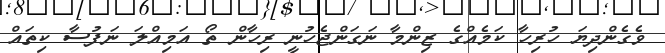
ވެގެންދިޔަ ހުރިހާ ކަމެއްގެ ޒިންމާ ނަގަންޖެހުނީ ރިހާން ތޯ އަމިއްލަ ނަފުސާ ކިތައް